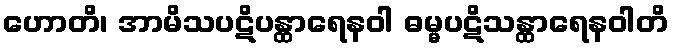
ဟောတိ၊ အာမိသပဋိပန္ထာရေနဝါ ဓမ္မပဋိသန္ထာရေနဝါတိ